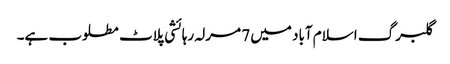
گلبرگ اسلام آباد میں 7 مرلہ رہائشی پلاٹ مطلوب ہے۔